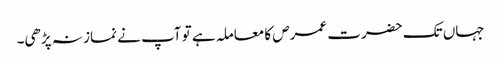
جہاں تک حضرت عمرص کا معاملہ ہے تو آپ نے نماز نہ پڑھی۔